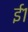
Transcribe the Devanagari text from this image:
ई१